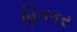
હિતકર